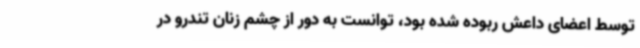
توسط اعضای داعش ربوده شده بود، توانست به دور از چشم زنان تندرو در